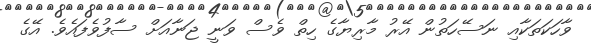
ވާހަކަތަކާއި ނަސޭހަތުން އޭރު މާރިޔާގެ ހިތް ވެސް ވަނީ ޖަނާއަށް ސާފުވެފައެވެ. އޭގެ